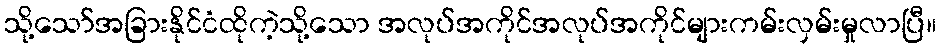
သို့သော်အခြားနိုင်ငံထိုကဲ့သို့သော အလုပ်အကိုင်အလုပ်အကိုင်များကမ်းလှမ်းမှုလာပြီ။